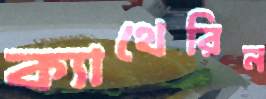
ক্যাথেরিন